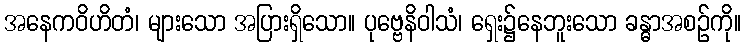
အနေကဝိဟိတံ၊ များသော အပြားရှိသော။ ပုဗ္ဗေနိဝါသံ၊ ရှေး၌နေဘူးသော ခန္ဓာအစဉ်ကို။